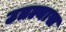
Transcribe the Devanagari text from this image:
उतल्यास